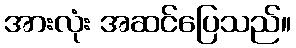
အားလုံး အဆင်ပြေသည်။